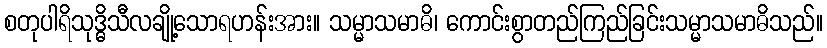
စတုပါရိသုဒ္ဓိသီလချို့သောရဟန်းအား။ သမ္မာသမာဓိ၊ ကောင်းစွာတည်ကြည်ခြင်းသမ္မာသမာဓိသည်။